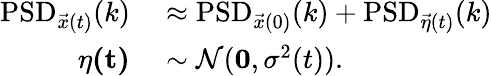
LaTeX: \begin{array}{rl}{\mathrm{PSD}_{\vec{x}(t)}(k)}&{{}\approx\mathrm{PSD}_{\vec{x}(0)}(k)+\mathrm{PSD}_{\vec{\eta}(t)}(k)}\\ {\mathbf{\eta(t)}}&{{}\sim\mathcal{N}(\mathbf{\boldsymbol{0}},\sigma^{2}(t)).}\end{array}